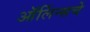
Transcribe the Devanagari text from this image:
ऑर्लिन्सचे